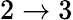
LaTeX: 2\to 3